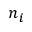
n _ { i }